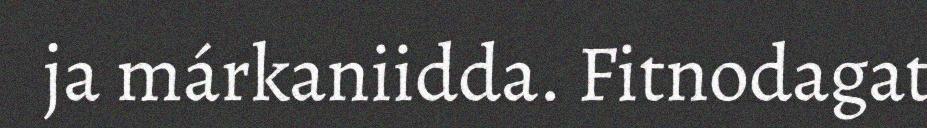
ja márkaniidda. Fitnodagat